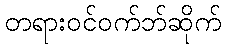
တရားဝင်ဝက်ဘ်ဆိုက်